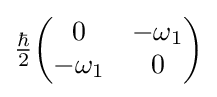
{\tfrac {\hbar }{2}}{\begin{pmatrix}0&-\omega _{1}\\-\omega _{1}&0\end{pmatrix}}